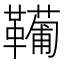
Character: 𩍘